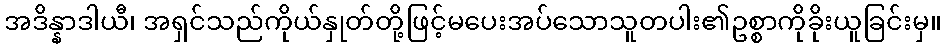
အဒိန္နာဒါယီ၊ အရှင်သည်ကိုယ်နှုတ်တို့ဖြင့်မပေးအပ်သောသူတပါး၏ဥစ္စာကိုခိုးယူခြင်းမှ။